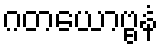
ဂတယောဗ္ဗနံ